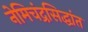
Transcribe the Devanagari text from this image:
नेमिचंद्रसिद्धांत